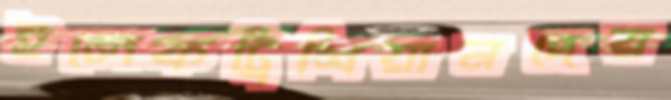
ইলেকট্রিশিয়ানদের